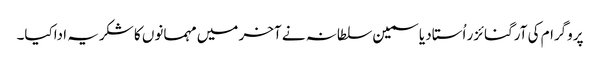
پروگرام کی آرگنائزر اُستاد یاسمین سلطانہ نے آخر میں مہمانوں کا شکریہ اداکیا۔